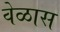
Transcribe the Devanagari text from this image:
वेळास